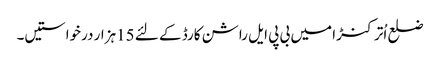
ضلع اُترکنڑا میں بی پی ایل راشن کارڈ کے لئے 15ہزار درخواستیں۔